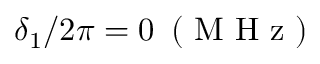
\delta _ { 1 } / 2 \pi = 0 \, \mathrm { ~ ( ~ M ~ H ~ z ~ ) ~ }